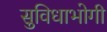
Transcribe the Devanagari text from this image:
सुविधाभोगी